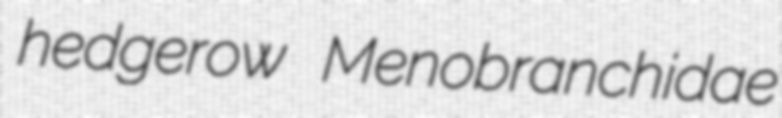
hedgerow Menobranchidae